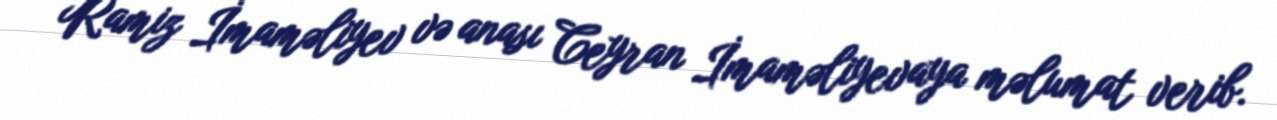
Ramiz İmaməliyev və anası Ceyran İmaməliyevaya məlumat verib.